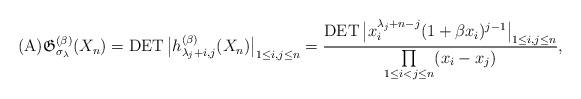
LaTeX: \begin{gather*}({\rm A}) \mathfrak{G}_{\sigma_{\lambda}}^{(\beta)}(X_n)=\operatorname{DET}\big|h_{\lambda_j +i,j}^{(\beta)}(X_n)\big|_{1 \le i,j \le n} ={\operatorname{DET} \big| x_i^{\lambda_j +n-j}(1+\beta x_i)^{j-1} \big|_{1 \le i,j \le n} \over \prod\limits_{1 \le i < j \le n}(x_i-x_j) },\end{gather*}